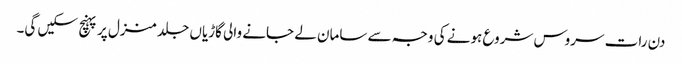
دن رات سروس شروع ہونے کی وجہ سے سامان لے جانے والی گاڑیاں جلد منزل پر پہنچ سکیں گی۔